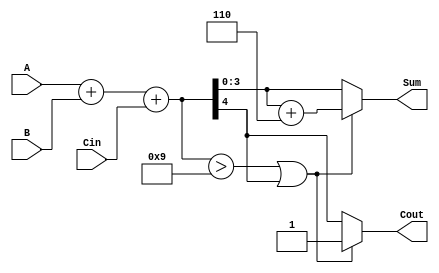
module BCD_Adder (
    input  wire [3:0] A,      // First BCD digit
    input  wire [3:0] B,      // Second BCD digit
    input  wire Cin,          // Carry input
    output reg  [3:0] Sum,    // BCD result
    output reg  Cout          // Carry output
);

// Intermediate wires for binary sum and carry out
wire [4:0] binary_sum;      // 5-bit wire to hold the binary sum
wire correction_needed;      // Flag for correction

// Perform binary addition
assign binary_sum = A + B + Cin;

// Check if correction is needed
assign correction_needed = (binary_sum > 9) || binary_sum[4];

// BCD correction logic
always @(*) begin
    if (correction_needed) begin
        Sum = binary_sum + 5'b00110; // Add 6 in binary (0110)
        Cout = 1;                     // Set carry out
    end else begin
        Sum = binary_sum[3:0];        // No correction needed, keep lower 4 bits
        Cout = binary_sum[4];         // Carry out from the binary addition
    end
end

endmodule